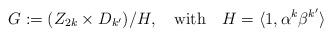
\begin{align*}G:=(Z_{2k} \times D_{k'})/H,~~~{\rm with}~~~H=\langle1,\alpha^k \beta^{k'} \rangle\end{align*}